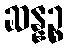
ဆန္နဉ္စ